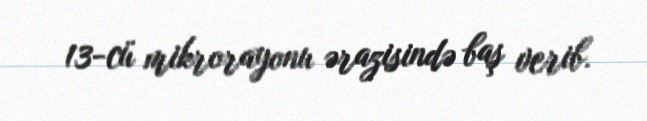
13-cü mikrorayonu ərazisində baş verib.